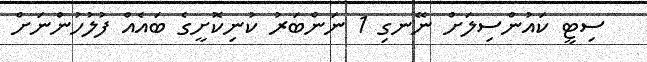
ސިޓީ ކައުންސިލަށް ނޭނގި 1 ނަންބަރު ކުނިކޮށީގެ ބައެއް ފުލުހުންނަށް